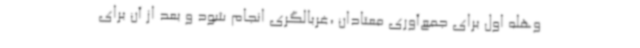
وهله اول برای جمع‌آوری معتادان ،غربالگری انجام شود و بعد از آن برای